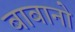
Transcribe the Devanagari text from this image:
बाबानो